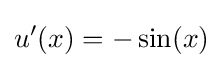
u'(x)=-\sin(x)